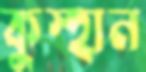
কুস্হান